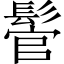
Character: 𩭵